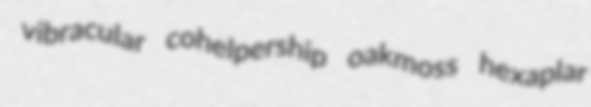
vibracular cohelpership oakmoss hexaplar